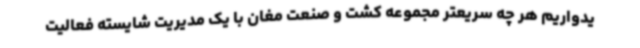
یدواریم هر چه سریعتر مجموعه کشت و صنعت مغان با یک مدیریت شایسته فعالیت